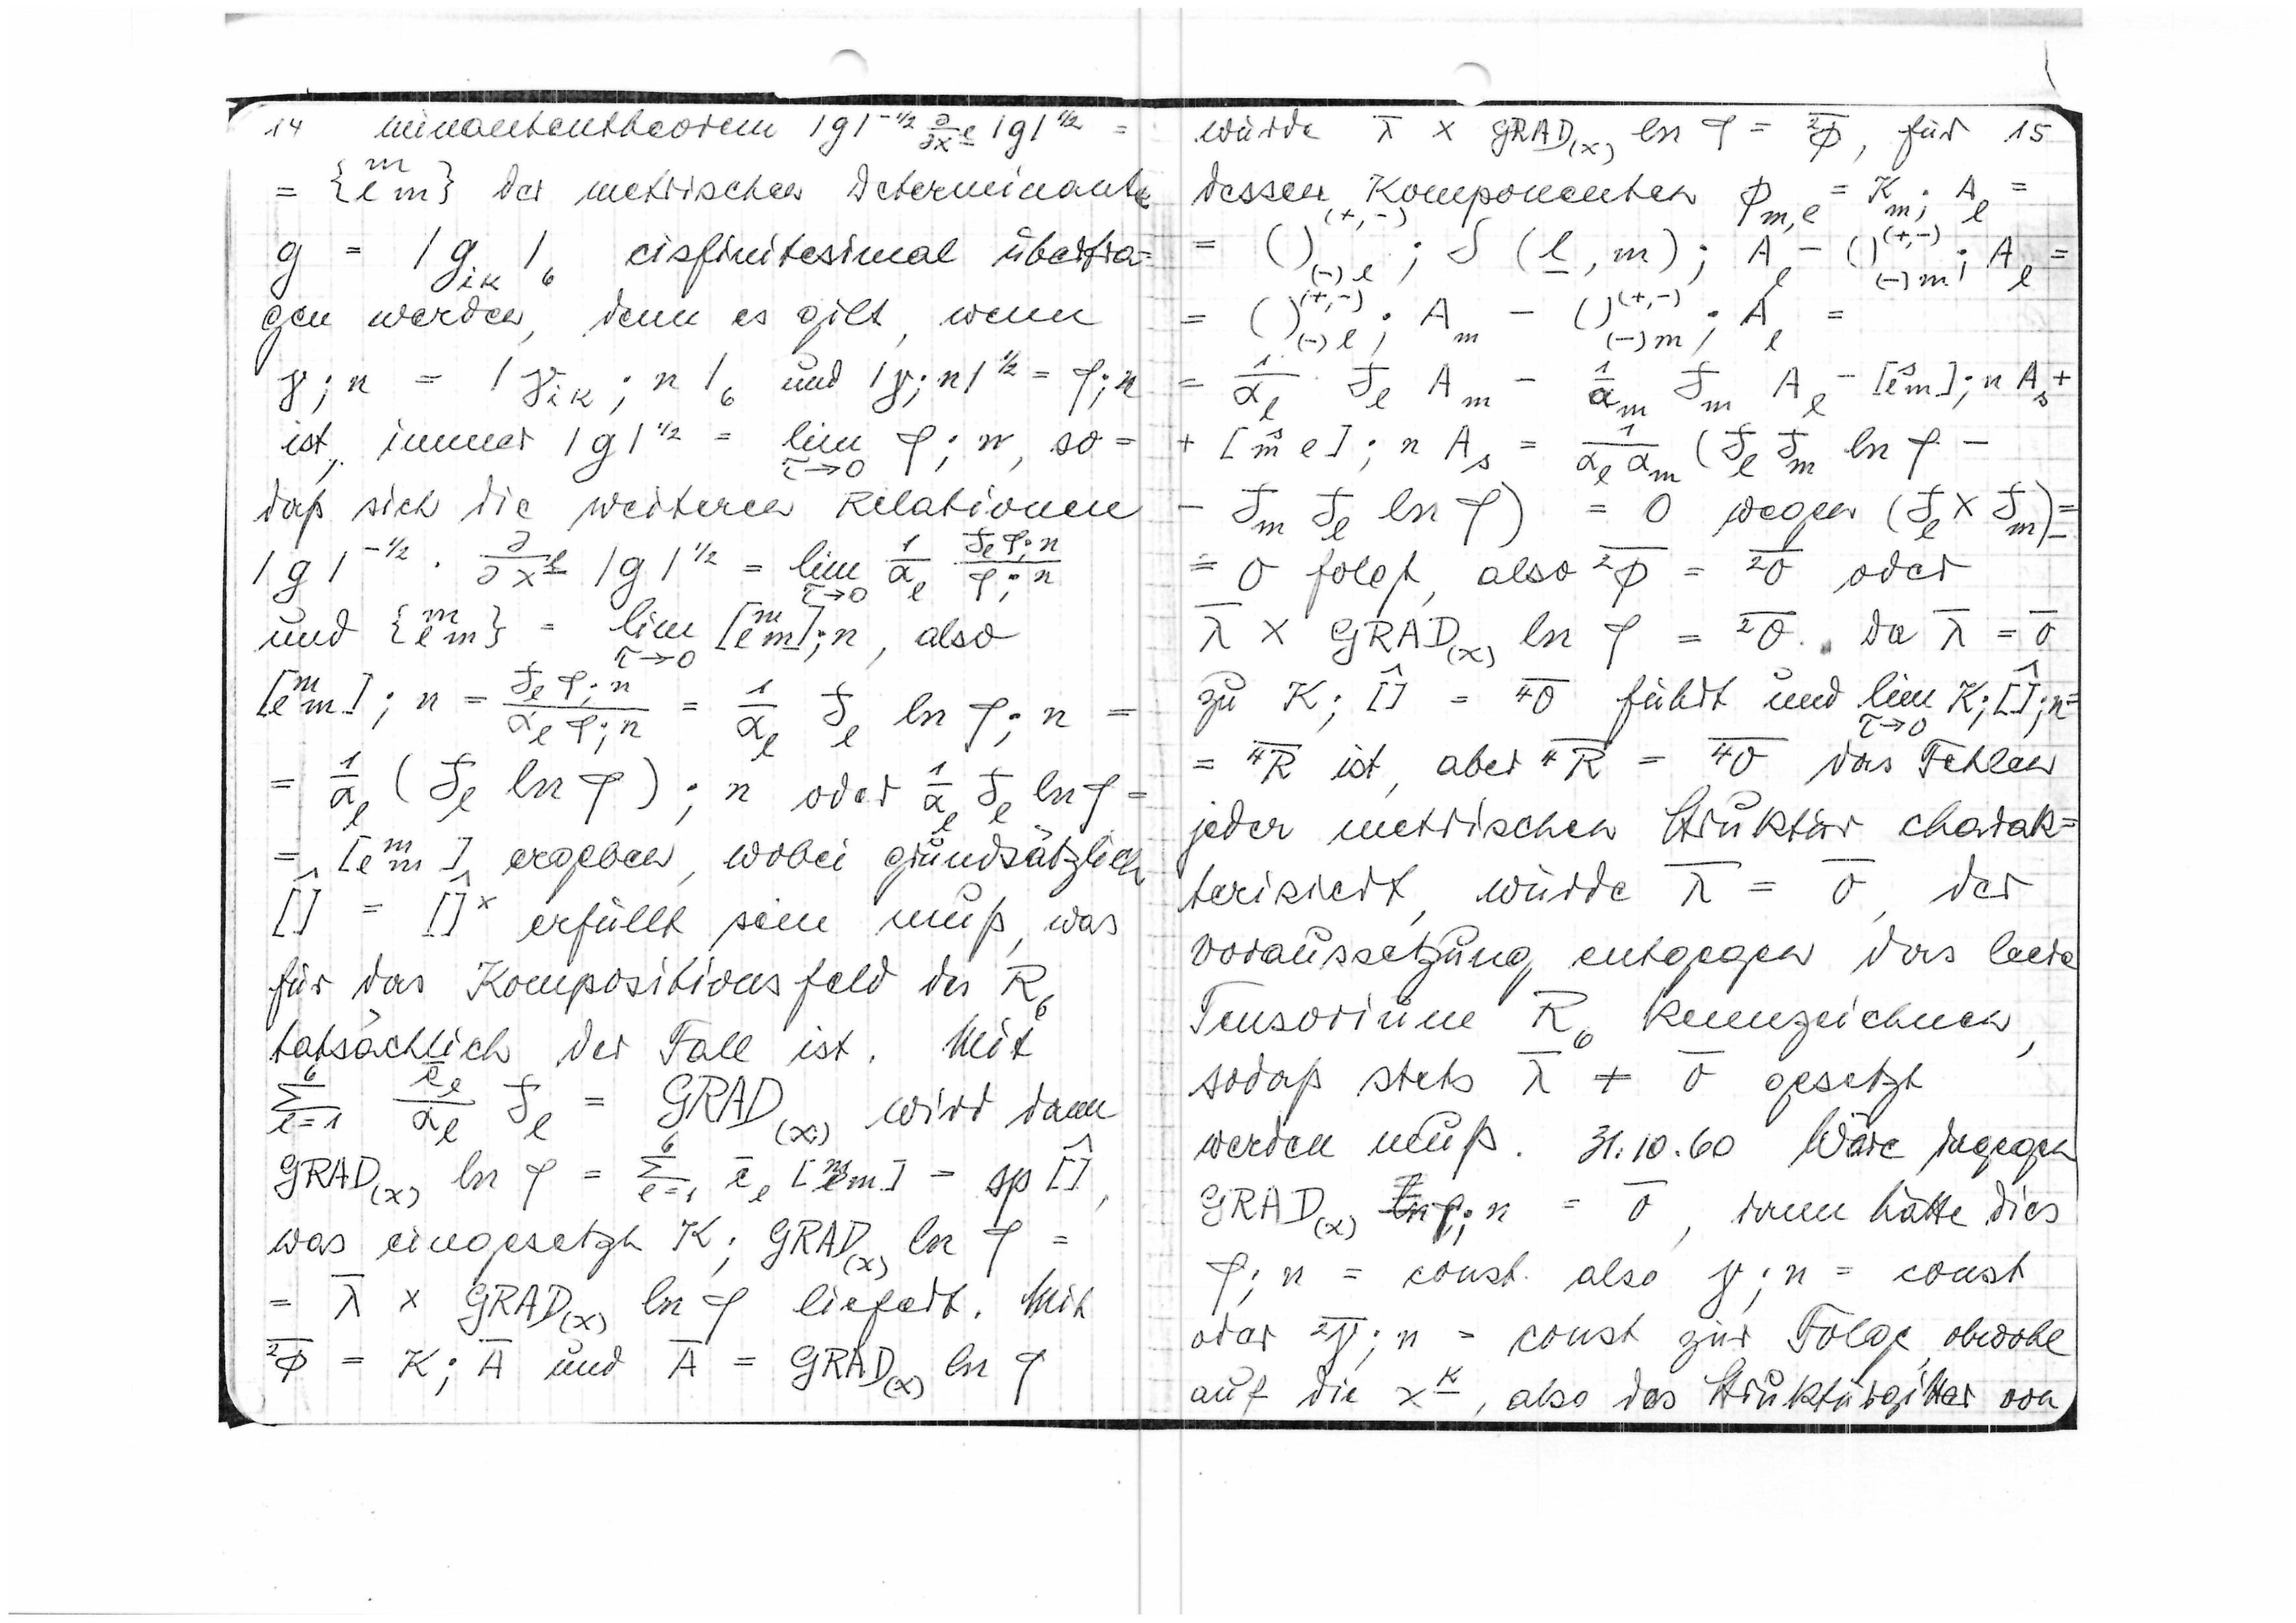
-1/2 ∂
14  minantentheorem |g| ∂x |g| 1/2
m
{l m} der metrischen Determinante
g =
|gik|6 cisfinitesimal übertra
gen werden, denn es gilt, wenn
γ; n = |γik;n|6 und |γ;n|1/2 =φ;n
ist, immer |g|1/2= lim φ;n, so
daß sich die weiteren Relationen
|g|-1/2 ∂l |g|1/2 = lim a
φ;n
τ →0
m
und {l m }= lim [l m];n, also
τ→0
=
[l m];n = f φ; n = α f ln φ;n
= 1
al(fl ln φ); n oder a f ln φ =
= ^ {l m] ergeben, wobei grundsätzlich
[] = []x erfüllt seinmuß, was
für das Konpositionsfeld des R6
tatsächlich der Fall ist. Mit
e f = GRAD(x)wird dann
l =1 αl l
GRAD(x) ln φ = l = 1 e [l m] = Δp[]
was eingesetzt K; GRAD(x)ln φ
= λ x GRAD(x) ln φ liefert. Mit
Φ = K;A und A = GRAD(x) ln φ

φ = Φ
für 15
würde λ x GRAD(x)ln
= K
dessen Komponenten
m l
Φm,l
∫(l,m);A-()(+,-)
= () (-) l;
(-)m l
)(+,-) A
+,. A =
=
m
()(-)m;
(-)l ;
fl Am - αm fm Al -[l m];nAs
= αl
1 (f f)
+ [m l];n As = αl αm l m ln φ
- fm fl ln φ) = 0 wegen (fl x fm)=
= 0 folgt also 2Φ =2σ oder
λ x GRAD(x)ln φ = 2σ, da λ = σ
zu K;[] = 4σ führt und lim K;[];n
= 4R ist, aber 4R = 4σ das Fehlen
jeder metrischen Struktur charak=
terisiert, würde λ = σ der
Voraussetzung entgegen das leere
Tensorium R6 kennzeichnen
sodaß stets λ ≠ σ gesetzt
werden muß. 31.10.60 Wäre dagegen
GRAD(x) ln p;n = σ, dann hätte dies
φ;n = const. also γ;n = const
oder 2γ;n = const. zur Folge, obwohl
auf die xk,. also das Strukturgitter von